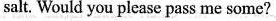
salt. Would you please pass me some?